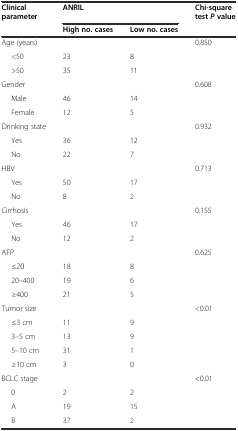
<table><thead><tr><td rowspan="2"><b>Clinical parameter</b></td><td colspan="2"><b>ANRIL</b></td><td><b>Chi-square test<i>P</i>value</b></td></tr><tr><td><b>High no. cases</b></td><td><b>Low no. cases</b></td><td></td></tr></thead><tbody><tr><td>Age (years)</td><td></td><td></td><td>0.850</td></tr><tr><td>&lt;50</td><td>23</td><td>8</td><td></td></tr><tr><td>&gt;50</td><td>35</td><td>11</td><td></td></tr><tr><td>Gender</td><td></td><td></td><td>0.608</td></tr><tr><td>Male</td><td>46</td><td>14</td><td></td></tr><tr><td>Female</td><td>12</td><td>5</td><td></td></tr><tr><td>Drinking state</td><td></td><td></td><td>0.932</td></tr><tr><td>Yes</td><td>36</td><td>12</td><td></td></tr><tr><td>No</td><td>22</td><td>7</td><td></td></tr><tr><td>HBV</td><td></td><td></td><td>0.713</td></tr><tr><td>Yes</td><td>50</td><td>17</td><td></td></tr><tr><td>No</td><td>8</td><td>2</td><td></td></tr><tr><td>Cirrhosis</td><td></td><td></td><td>0.155</td></tr><tr><td>Yes</td><td>46</td><td>17</td><td></td></tr><tr><td>No</td><td>12</td><td>2</td><td></td></tr><tr><td>AFP</td><td></td><td></td><td>0.625</td></tr><tr><td>≤20</td><td>18</td><td>8</td><td></td></tr><tr><td>20–400</td><td>19</td><td>6</td><td></td></tr><tr><td>≥400</td><td>21</td><td>5</td><td></td></tr><tr><td>Tumor size</td><td></td><td></td><td>&lt;0.01</td></tr><tr><td>≤3 cm</td><td>11</td><td>9</td><td></td></tr><tr><td>3–5 cm</td><td>13</td><td>9</td><td></td></tr><tr><td>5–10 cm</td><td>31</td><td>1</td><td></td></tr><tr><td>≥10 cm</td><td>3</td><td>0</td><td></td></tr><tr><td>BCLC stage</td><td></td><td></td><td>&lt;0.01</td></tr><tr><td>0</td><td>2</td><td>2</td><td></td></tr><tr><td>A</td><td>19</td><td>15</td><td></td></tr><tr><td>B</td><td>37</td><td>2</td><td></td></tr></tbody></table>